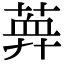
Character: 𦶯